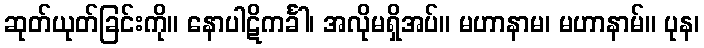
ဆုတ်ယုတ်ခြင်းကို။ နောပါဋိကင်္ခါ၊ အလိုမရှိအပ်။ မဟာနာမ၊ မဟာနာမ်။ ပုန၊